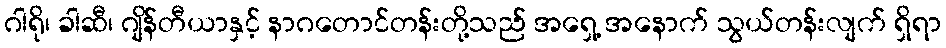
ဂါရို၊ ခါဆီ၊ ဂျိန်တီယာနှင့် နာဂတောင်တန်းတို့သည် အရှေ့ အနောက် သွယ်တန်းလျက် ရှိရာ